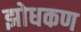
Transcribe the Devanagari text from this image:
झोधकण